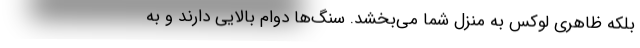
بلکه ظاهری لوکس به منزل شما می‌بخشد. سنگ‌ها دوام بالایی دارند و به